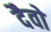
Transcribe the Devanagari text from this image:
दैवो